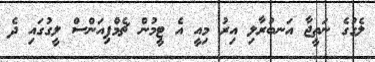
ލެގުގެ ނަތީޖާ އަނބުރާލި އިރު މިއީ އެ ޓީމުން ޗެމްޕިއަންސް ލީގުގައި ދެ